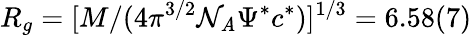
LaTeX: R_{g}=[M/(4\pi^{3/2}\mathcal{N}_{\mathit{A}}\Psi^{*}c^{*})]^{1/3}=6.58(7)